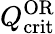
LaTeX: Q_{\mathrm{crit}}^{\mathrm{OR}}